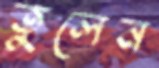
তুলেন